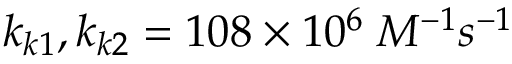
k _ { k 1 } , k _ { k 2 } = 1 0 8 \times 1 0 ^ { 6 } \; M ^ { - 1 } s ^ { - 1 }